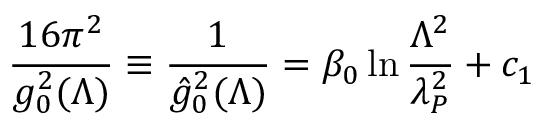
{ \frac { 1 6 \pi ^ { 2 } } { g _ { 0 } ^ { 2 } ( \Lambda ) } } \equiv { \frac { 1 } { \hat { g } _ { 0 } ^ { 2 } ( \Lambda ) } } = \beta _ { 0 } \ln { \frac { \Lambda ^ { 2 } } { \lambda _ { P } ^ { 2 } } } + c _ { 1 }